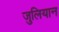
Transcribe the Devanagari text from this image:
जुलियान